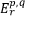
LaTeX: E _ { r } ^ { p , q }